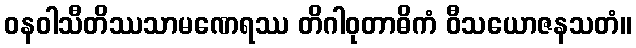
ဝနဝါသီတိဿသာမဏေရဿ တိဂါဝုတာဓိကံ ဝီသယောဇနသတံ။